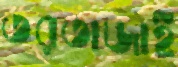
তরতাজাই